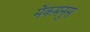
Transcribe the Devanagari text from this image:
मैकमनुस